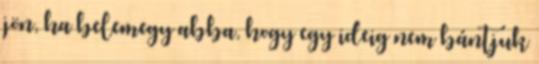
jön, ha belemegy abba, hogy egy ideig nem bántjuk